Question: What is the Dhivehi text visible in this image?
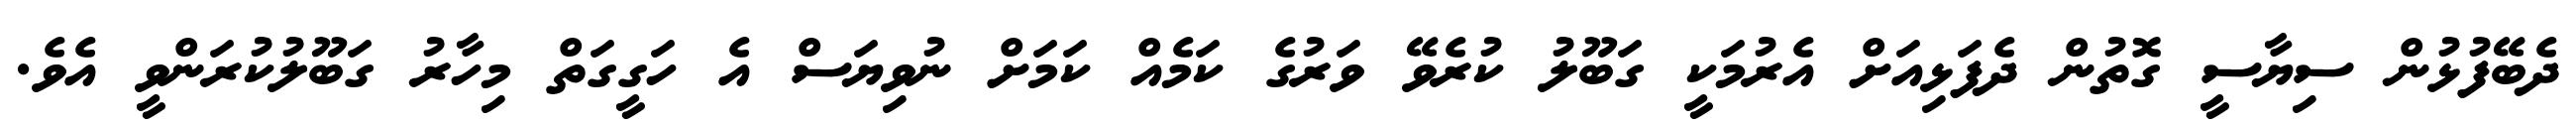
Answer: ދެބޭފުޅުން ސިޔާސީ ގޮތުން ދެފަޅިއަށް އެރުމަކީ ގަބޫލު ކުރެވޭ ވަރުގެ ކަމެއް ކަމަށް ނުވިޔަސް އެ ހަގީގަތް މިހާރު ގަބޫލުކުރަންވީ އެވެ.